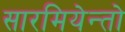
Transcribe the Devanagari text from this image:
सारमियेन्तो